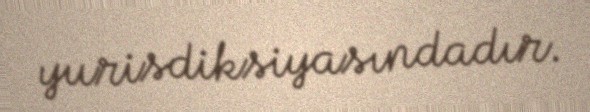
yurisdiksiyasındadır.